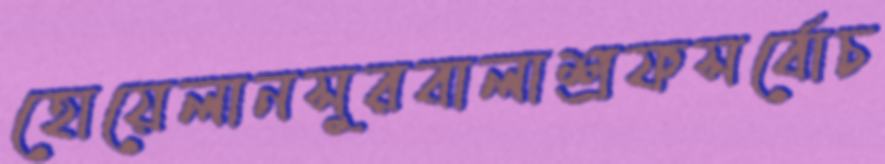
হোয়েলানসুরবালাশ্রফসর্বোচ